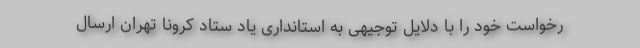
رخواست خود را با دلایل توجیهی به استانداری یاد ستاد کرونا تهران ارسال